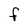
Character: F